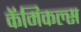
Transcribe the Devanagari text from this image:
कॅमिकल्स